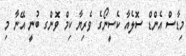
މިޑާސް އެންޑް ސޮލެއާ ކެސީނޯގެ ވެރިޔާ ކިމް ވޮންގ ބުނީ އޭނާ މި